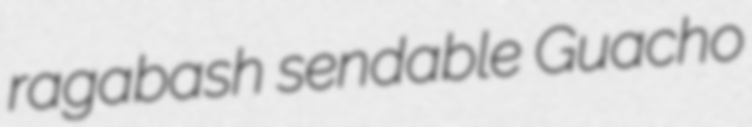
ragabash sendable Guacho